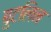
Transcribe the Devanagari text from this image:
बुटलिन